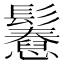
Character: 𩯲